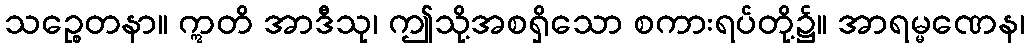
သဉ္စေတနာ။ ဣတိ အာဒီသု၊ ဤသို့အစရှိသော စကားရပ်တို့၌။ အာရမ္မဏေန၊